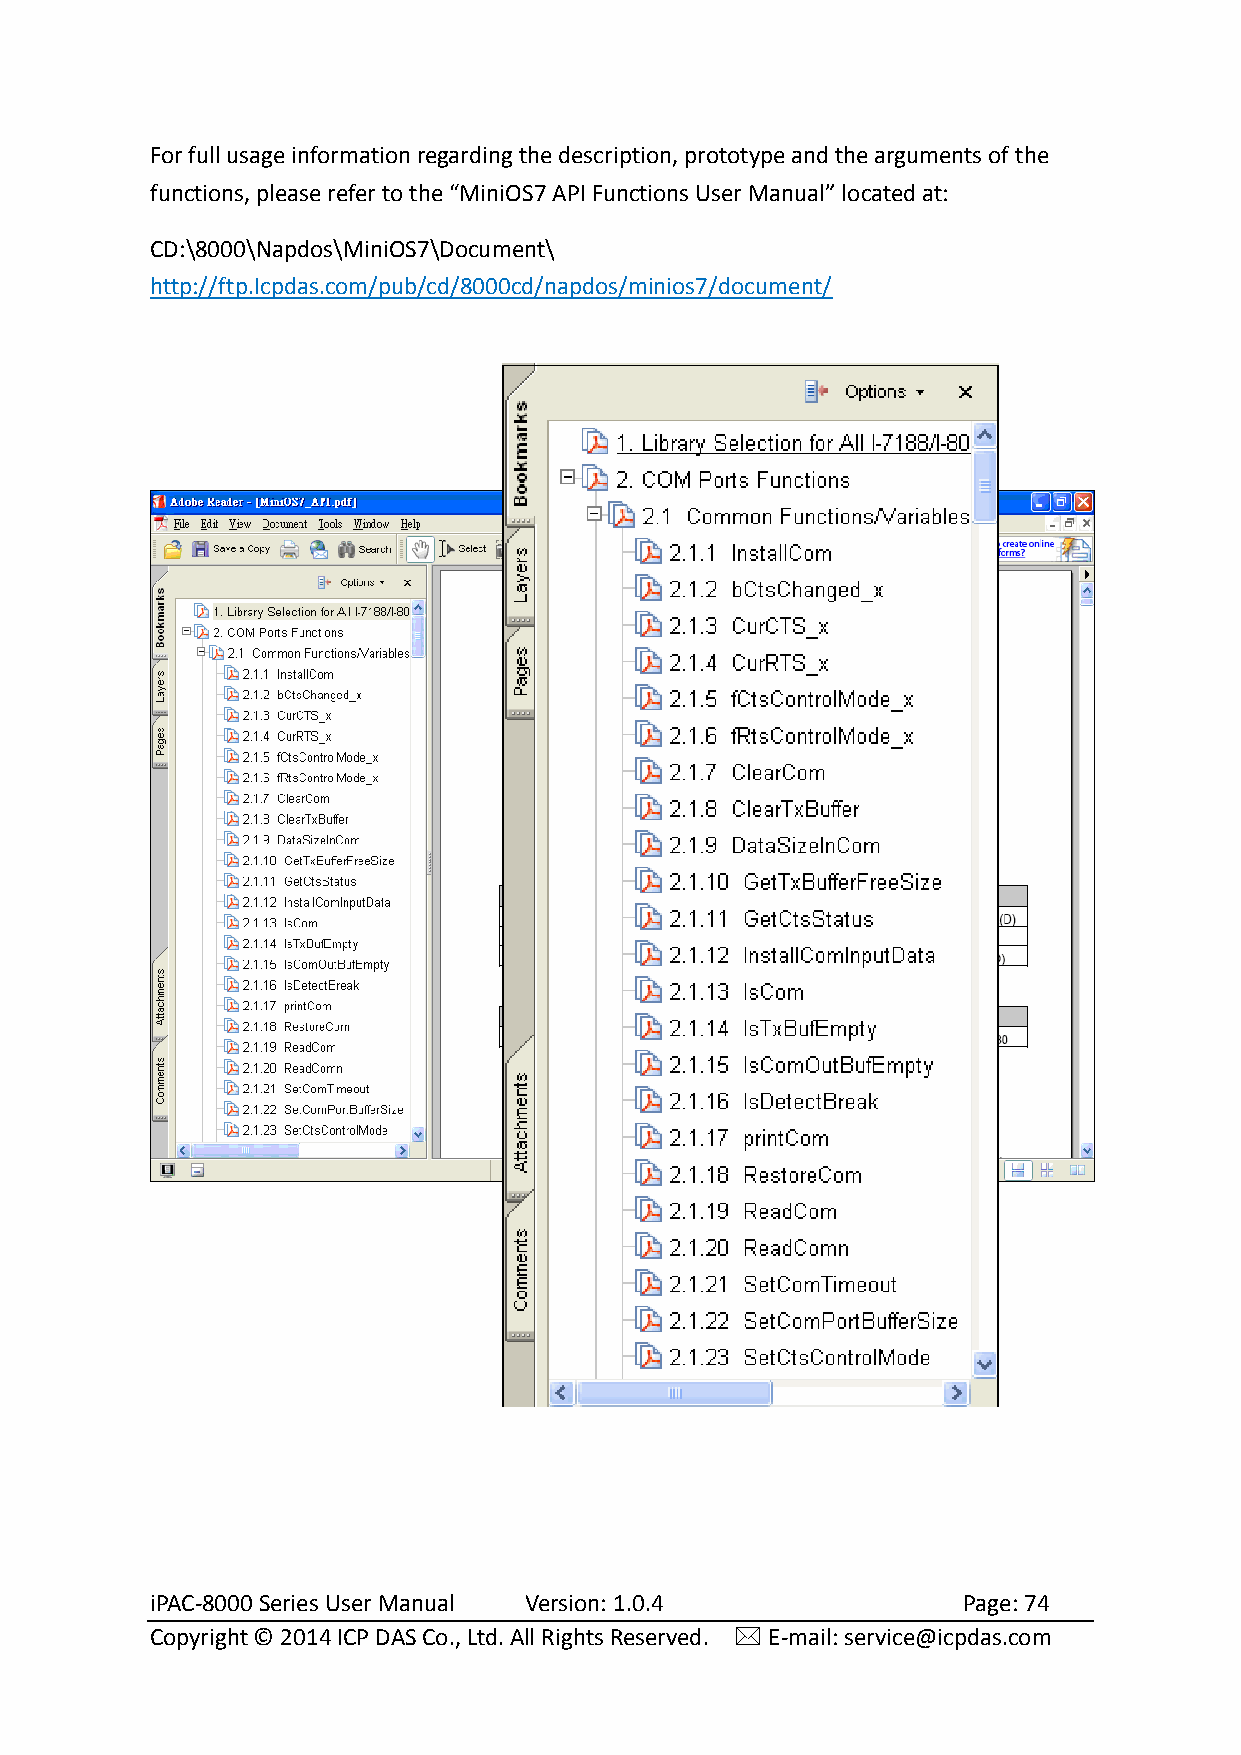
For full usage information regarding the description, prototype and the arguments of the
 functions, please refer to the “MiniOS7 API Functions User Manual” located at:
 CD:\8000\Napdos\MiniOS7\Document\
 http://ftp.Icpdas.com/pub/cd/8000cd/napdos/minios7/document/
 iPAC-8000 Series User Manual Version: 1.0.4           Page: 74
 Copyright © 2014 ICP DAS Co., Ltd. All Rights Reserved.  E-mail: service@icpdas.com